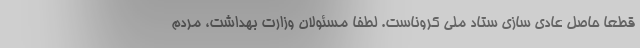
قطعا حاصل عادی سازی ستاد ملی کروناست. لطفا مسئولان وزارت بهداشت، مردم